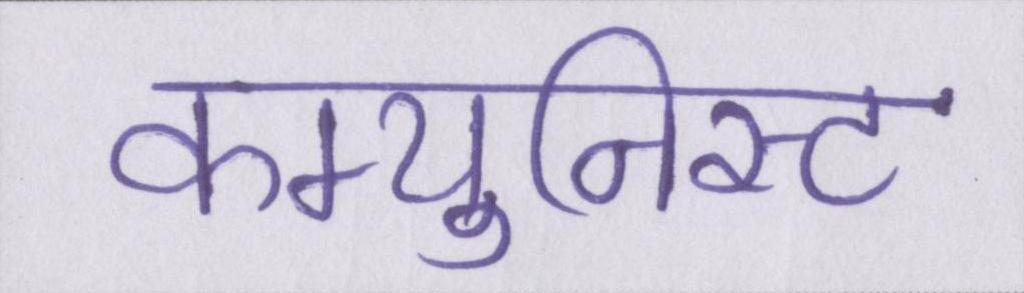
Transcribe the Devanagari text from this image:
कम्युनिस्ट